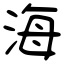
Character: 海